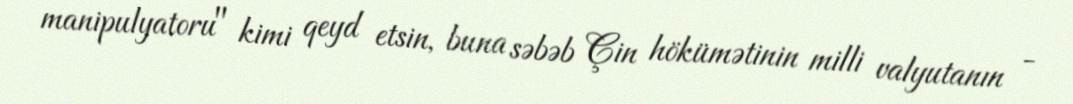
manipulyatoru" kimi qeyd etsin, buna səbəb Çin hökümətinin milli valyutanın -